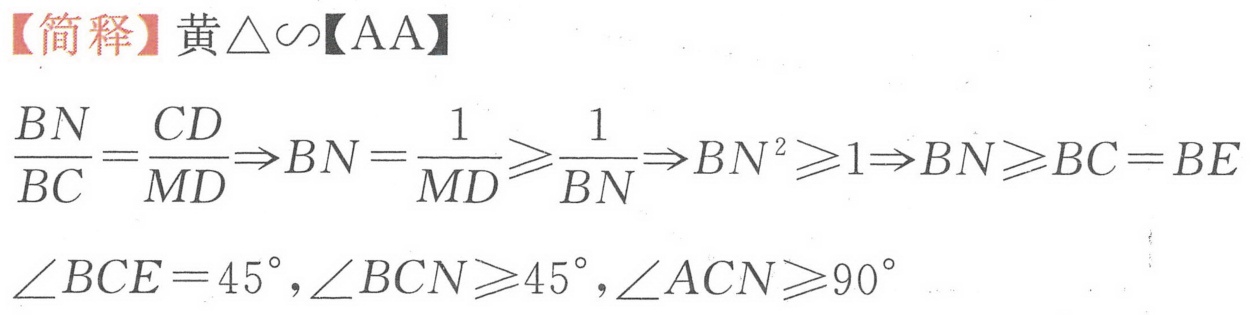
【简释】黄\(\triangle\sim\)【AA】
\(\frac{BN}{BC}=\frac{CD}{MD}\Rightarrow BN=\frac{1}{MD}\geqslant\frac{1}{BN}\Rightarrow BN^{2}\geqslant1\Rightarrow BN\geqslant BC = BE\)
\(\angle BCE = 45^{\circ},\angle BCN\geqslant45^{\circ},\angle ACN\geqslant90^{\circ}\)